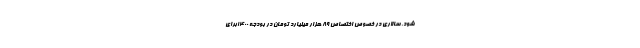
شود. سالاری در خصوص اختصاص ۸۹ هزار میلیارد تومان در بودجه ۱۴۰۰برای